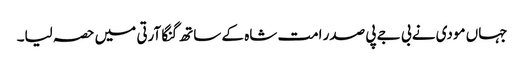
جہاں مودی نے بی جے پی صدر امت شاہ کے ساتھ گنگا آرتی میں حصہ لیا۔